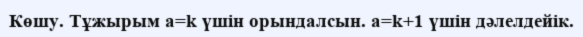
Көшу. Тұжырым a=k үшін орындалсын. a=k+1 үшін дәлелдейік.